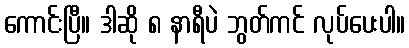
ကောင်းပြီ။ ဒါဆို ၈ နာရီပဲ ဘွတ်ကင် လုပ်ပေးပါ။